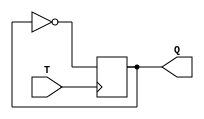
module async_TFF(
    input T,
    output reg Q
);

always @ (posedge T)
    Q <= ~Q;

endmodule